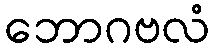
ဘောဂဗလံ